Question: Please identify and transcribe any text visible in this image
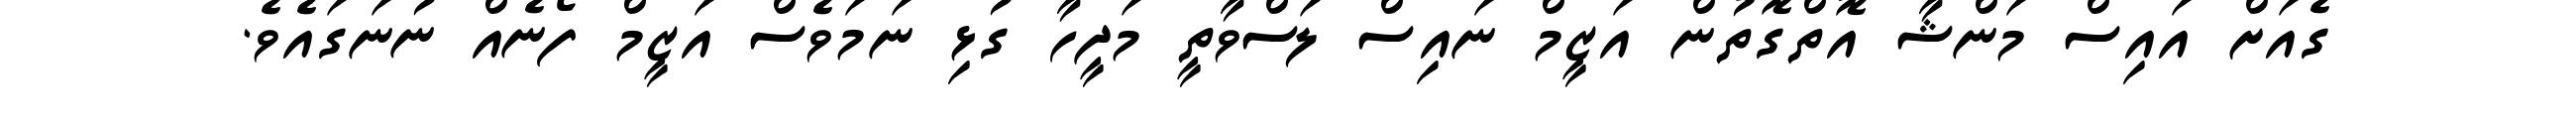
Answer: ގެއަށް އައިސް މަންޝާ އޮތްގޮތުން އަޒީމް ނައިސް ލަސްވާތީ މަދީހާ ގުޅި ނަމަވެސް އަޒީމް ފޯނެއް ނުނަގައެވެ.